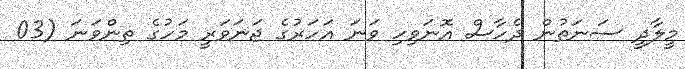
މީލާދީ ސަނަތުން ދެހާސް އޮނަވިހި ވަނަ އަހަރުގެ ޖަނަވަރީ މަހުގެ ތިންވަނަ (03